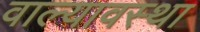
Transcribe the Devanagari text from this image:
वाल्यावस्था